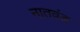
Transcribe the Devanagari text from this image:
नातवंड